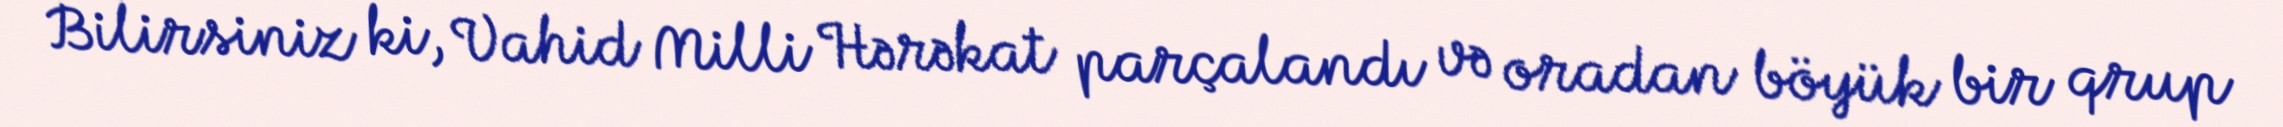
Bilirsiniz ki, Vahid Milli Hərəkat parçalandı və oradan böyük bir qrup